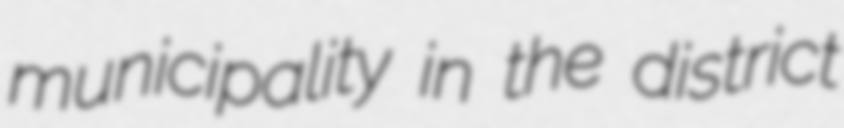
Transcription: municipality in the district